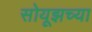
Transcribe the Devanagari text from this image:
सोयूझच्या